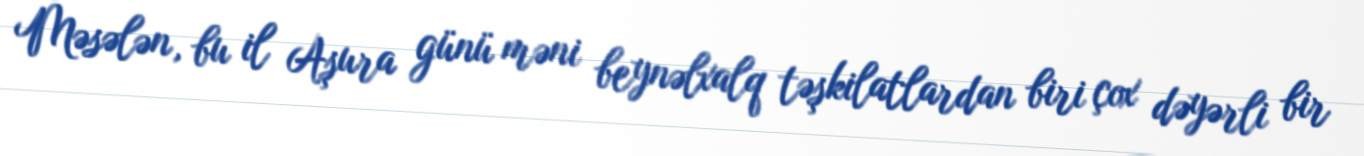
Məsələn, bu il Aşura günü məni beynəlxalq təşkilatlardan biri çox dəyərli bir